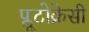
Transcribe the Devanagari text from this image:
प्लूटोक्रेसी